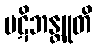
ပဋိဘန္တူတိ